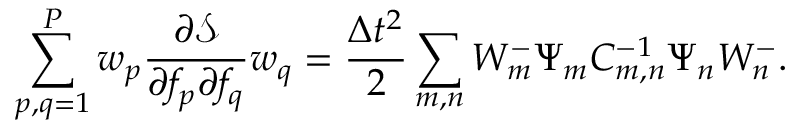
\sum _ { p , q = 1 } ^ { P } w _ { p } \frac { \partial \mathcal { S } } { \partial f _ { p } \partial f _ { q } } w _ { q } = \frac { \Delta t ^ { 2 } } { 2 } \sum _ { m , n } W _ { m } ^ { - } \Psi _ { m } C _ { m , n } ^ { - 1 } \Psi _ { n } W _ { n } ^ { - } .